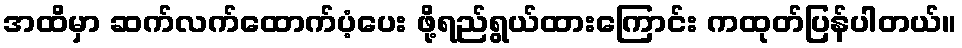
အထိမှာ ဆက်လက်ထောက်ပံ့ပေး ဖို့ရည်ရွယ်ထားကြောင်း ကထုတ်ပြန်ပါတယ်။